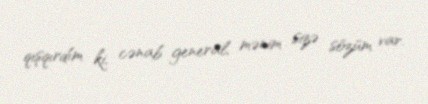
qışqırdım ki, cənab general, mənim sizə sözüm var.